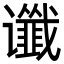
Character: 谶